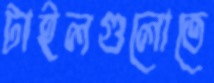
টাইলগুলোতে